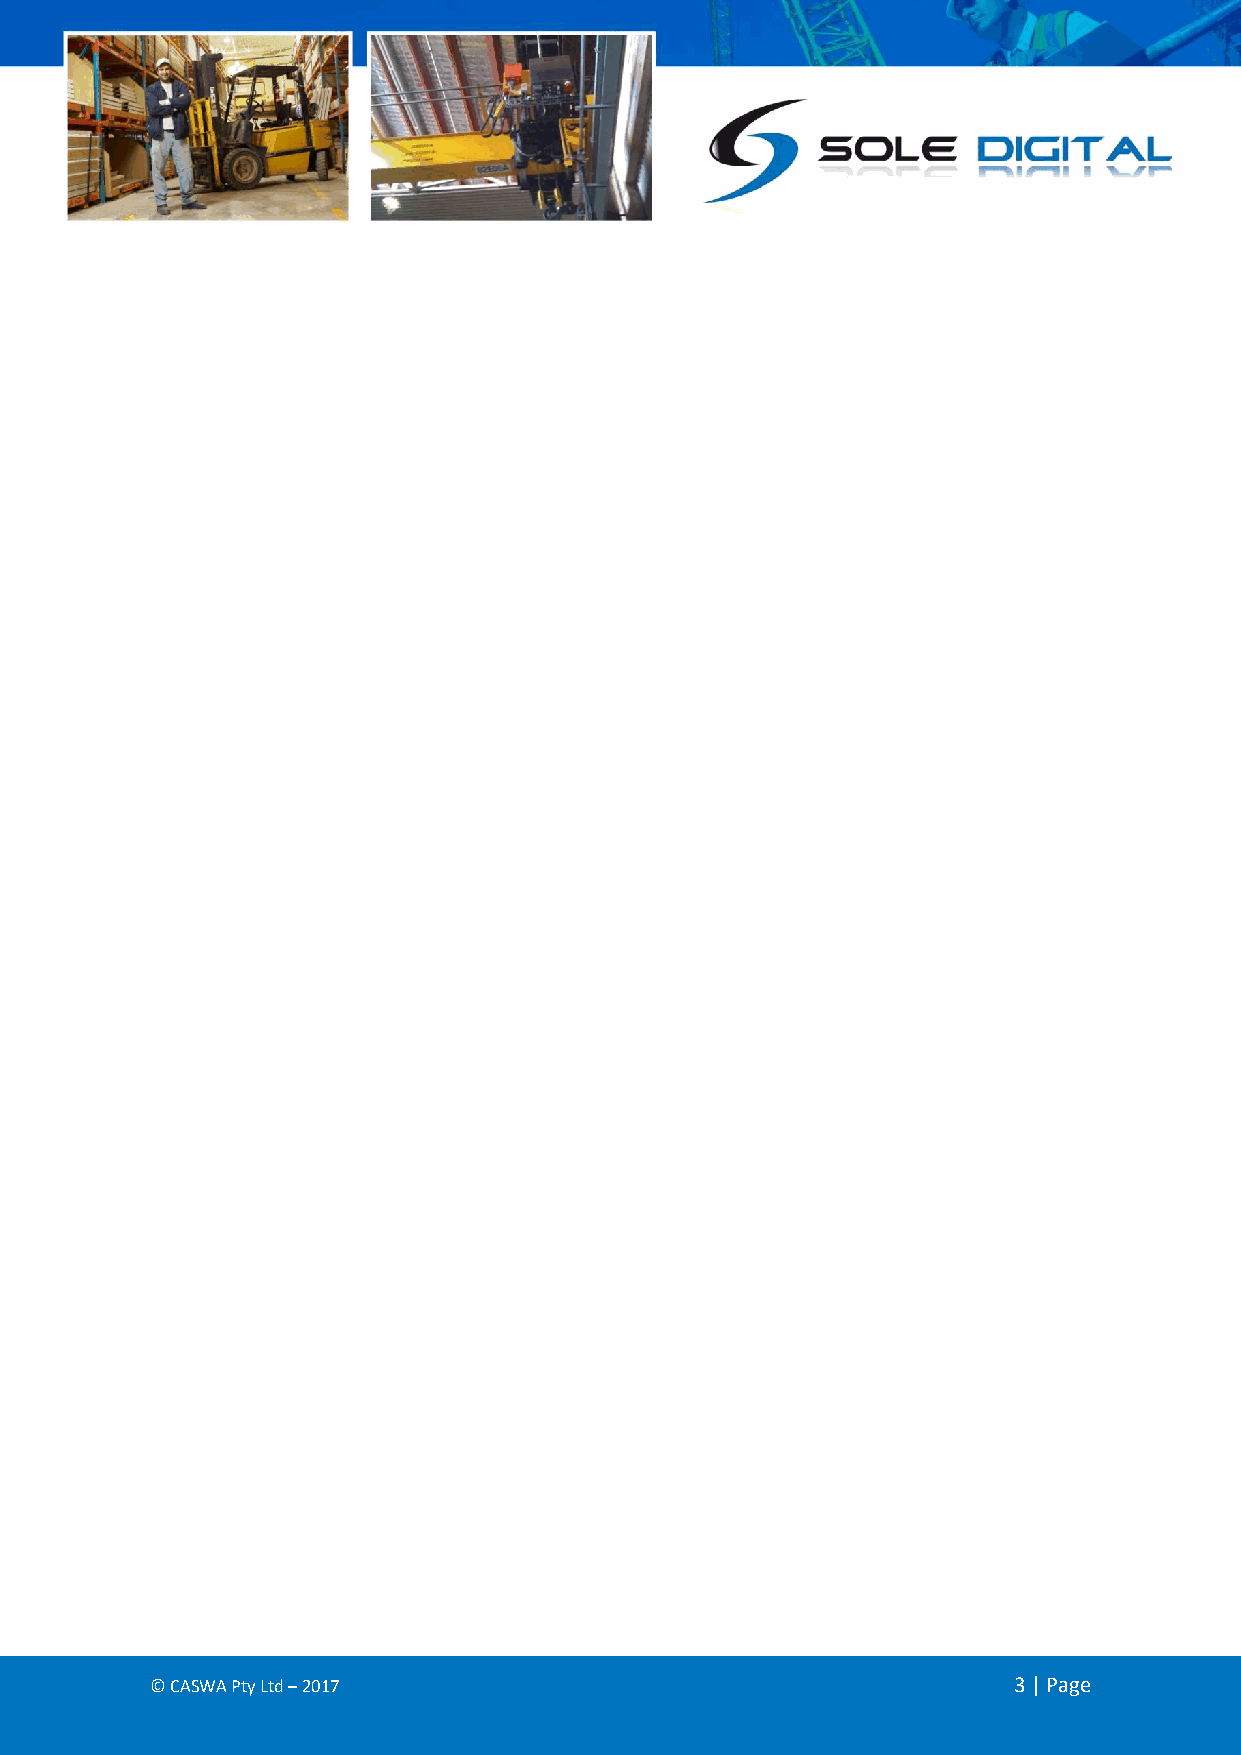
© CASWA Pty Ltd – 2017                                   3 | Page